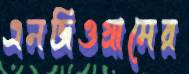
এনজিওগ্রামের